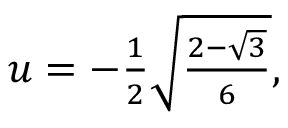
\begin{array} { r } { u = - \frac { 1 } { 2 } \sqrt { \frac { 2 - \sqrt { 3 } } { 6 } } , } \end{array}